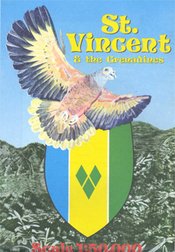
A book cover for St. Vincent and the Grenadines Map; Ordnance Survey; Travel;